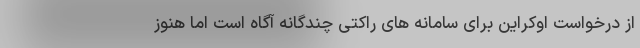
از درخواست اوکراین برای سامانه های راکتی چندگانه آگاه است اما هنوز